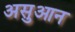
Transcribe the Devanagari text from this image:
असुआन